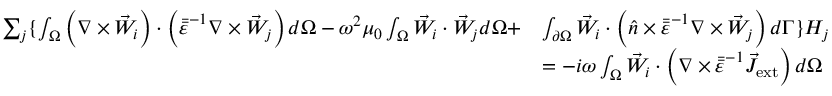
\begin{array} { r l } { \sum _ { j } \{ \int _ { \Omega } \left( \nabla \times \vec { W } _ { i } \right) \cdot \left( \bar { \bar { \varepsilon } } ^ { - 1 } \nabla \times \vec { W } _ { j } \right) d \Omega - \omega ^ { 2 } \mu _ { 0 } \int _ { \Omega } \vec { W } _ { i } \cdot \vec { W } _ { j } d \Omega + } & { \int _ { \partial \Omega } \vec { W } _ { i } \cdot \left( \hat { n } \times \bar { \bar { \varepsilon } } ^ { - 1 } \nabla \times \vec { W } _ { j } \right) d \Gamma \} H _ { j } } \\ & { = - i \omega \int _ { \Omega } \vec { W } _ { i } \cdot \left( \nabla \times \bar { \bar { \varepsilon } } ^ { - 1 } \vec { J } _ { \mathrm { e x t } } \right) d \Omega } \end{array}